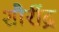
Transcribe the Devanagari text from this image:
शौरींद्र